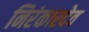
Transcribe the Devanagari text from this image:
निरंकारदेव